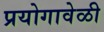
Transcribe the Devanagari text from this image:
प्रयोगावेळी